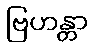
ဗြဟန္တာ